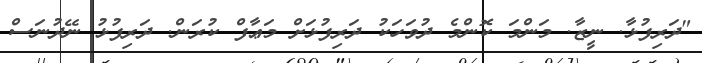
"ދަރިފުޅާ. ނީޒާ. މަންމަ ކޮންމެ ދުވަހަކު ދަރިފުޅަށް މަޢާފް ކުރަން. ދަރިފުޅު ނޭދުނަސް